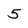
Character: 5